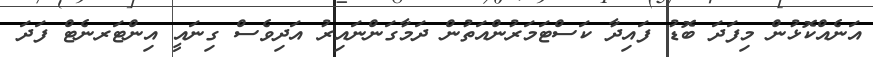
އަނެއްކޮޅުން މިފަދަ ބޮޑު ފައިދާ ކަސްޓަމަރުންއަތުން ދަމާގަންނައިރު އަދިވެސް ގިނައީ އިންޓަރނެޓް ފަދަ